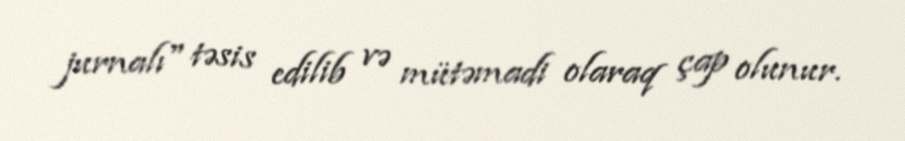
jurnalı" təsis edilib və mütəmadi olaraq çap olunur.